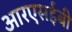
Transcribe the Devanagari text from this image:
आरएसईबी